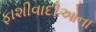
ફાશીવાદીઓના